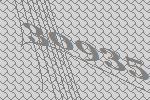
30935